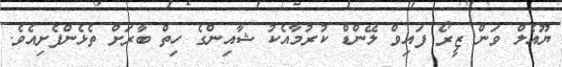
ޔޫއެލް ވަން ޒީރޯ ފައިވް ލޭންޑް ކުރުމާއެކު ޝާއިންގެ ހިތް ބާރަށް ތެޅެންފެށިއެވެ.